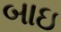
બાઇ